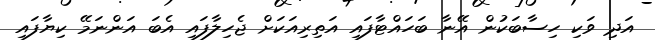
އަދި ވަކި ހިސާބަކުން އޭނާ ބަހައްޓާފައި އަތިރިއަކަށް ޖެހިލާފައި އެބަ އަންނަމޭ ކިޔާފައި